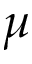
\mu